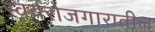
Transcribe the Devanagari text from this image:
स्वयंरोजगारातील